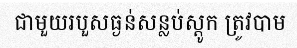
ជាមួយរបួសធ្ងន់សន្លប់ស្តូក ត្រូវបាម